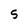
Character: 5